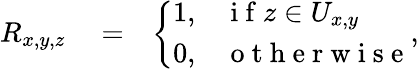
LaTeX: \begin{array}{rlr}{R_{x,y,z}}&{{}=}&{\left\{ \begin{array}{ll}{1,}&{\mathrm{~i~f~}z\in U_{x,y}}\\ {0,}&{\mathrm{~o~t~h~e~r~w~i~s~e~}}\end{array}\right.,}\end{array}